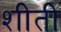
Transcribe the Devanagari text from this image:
शीती